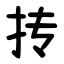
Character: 抟